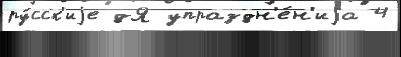
ру́сск'иjе дЯ упраздн'е́н'иjа 4